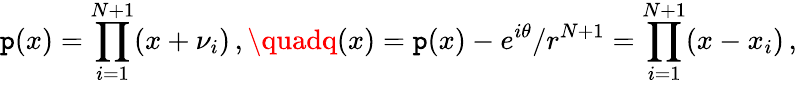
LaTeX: \mathtt{p}(x)=\prod_{i=1}^{N+1}(x+\nu_{i})\, ,\quadq(x)=\mathtt{p}(x)-e^{i\theta}/r^{N+1}=\prod_{i=1}^{N+1}(x-x_{i})\, ,